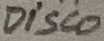
Text: DISCO